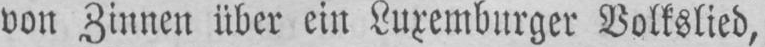
von Zinnen über ein Luxemburger Volkslied,